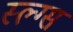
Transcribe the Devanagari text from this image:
स्ल्ग्स